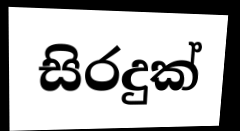
සිරදුක්